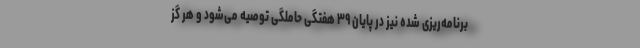
برنامه‌ریزی شده نیز در پایان ۳۹ هفتگی حاملگی توصیه می‌شود و هر گز